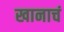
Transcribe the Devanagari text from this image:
खानाचं